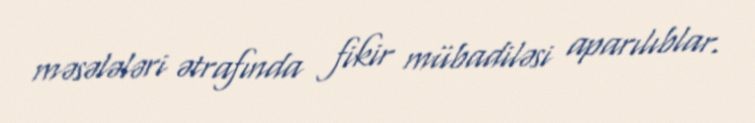
məsələləri ətrafında fikir mübadiləsi aparılıblar.